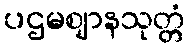
ပဌမဈာနသုတ္တံ